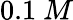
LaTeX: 0.1~M